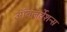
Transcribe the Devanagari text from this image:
ऑबज़र्वेशन्स